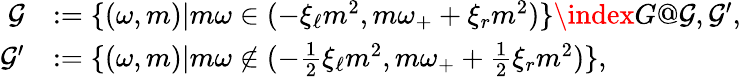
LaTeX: \begin{array}{rl}{\mathcal{G}}&{:=\{ (\omega,m)|m\omega\in(-\xi_{\ell}m^{2},m\omega_{+}+\xi_{r}m^{2})\} \index{G@\mathcal{G},\mathcal{G}^{\prime}},}\\ {\mathcal{G}^{\prime}}&{:=\{ (\omega,m)|m\omega\notin(-\frac 12\xi_{\ell}m^{2},m\omega_{+}+\frac 12\xi_{r}m^{2})\} ,}\end{array}